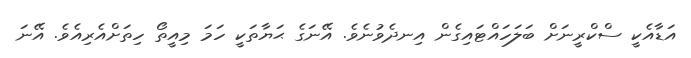
އަޑާއެކީ ސްކްރީނަށް ބަލަހައްޓައިގެން އިނދެވުނެވެ. އޭނަގެ ޙަޔާތަކީ ހަމަ މިއީތޯ ހިތަށްއެރިއެވެ. އޭނަ